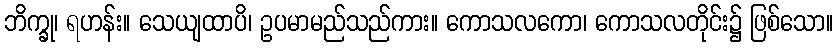
ဘိက္ခု၊ ရဟန်း။ သေယျထာပိ၊ ဥပမာမည်သည်ကား။ ကောသလကော၊ ကောသလတိုင်း၌ ဖြစ်သော။